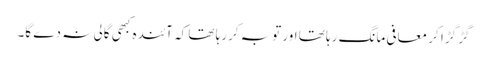
گڑ گڑا کر معافی مانگ رہا تھا اور توبہ کررہا تھا کہ آئندہ کبھی گالی نہ دے گا۔